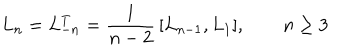
L _ { n } = L _ { - n } ^ { T } = { \frac { 1 } { n - 2 } } \, [ L _ { n - 1 } , L _ { 1 } ] , \qquad n \ge 3